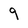
Character: 9